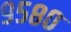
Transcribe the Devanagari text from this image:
९५८०